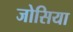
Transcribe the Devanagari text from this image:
जोसिया